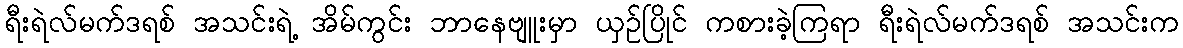
ရီးရဲလ်မက်ဒရစ် အသင်းရဲ့ အိမ်ကွင်း ဘာနေဗျူးမှာ ယှဉ်ပြိုင် ကစားခဲ့ကြရာ ရီးရဲလ်မက်ဒရစ် အသင်းက